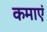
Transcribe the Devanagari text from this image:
कमाएं